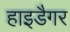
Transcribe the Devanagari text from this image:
हाइडैगर